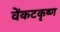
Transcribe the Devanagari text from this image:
वेंकटकृष्ण